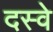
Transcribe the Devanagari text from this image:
दस्वे